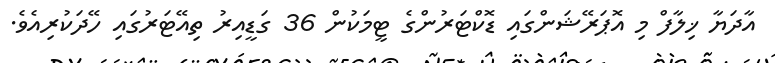
އާދަޔާ ޚިލާފް މި އޮޕަރޭޝަންގައި ޑޮކްޓަރުންގެ ޓީމަކުން 36 ގަޑީއިރު ތިއޭޓަރުގައި ހޭދަކުރިއެވެ.